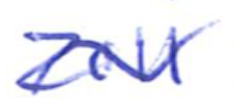
Text: 2011
Cross-out: wave
Writing tool: ballpoint